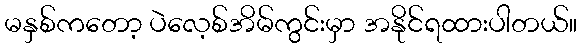
မနှစ်ကတော့ ပဲလေ့စ်အိမ်ကွင်းမှာ အနိုင်ရထားပါတယ်။